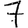
Digit: 7